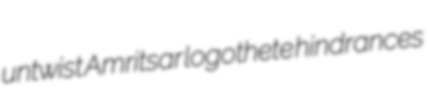
untwist Amritsar logothete hindrances